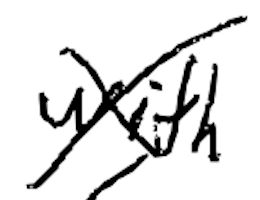
Text: with
Cross-out: cross
Writing tool: digital_black